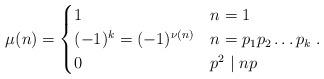
LaTeX: \begin{align*} \mu(n) = \begin{cases} 1 & n = 1 \\ (-1)^k = (-1)^{\nu(n)} & n = p_1 p_2 \ldots p_k \\ 0 & p^2 \mid n p \end{cases}. \end{align*}